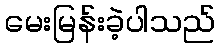
မေးမြန်းခဲ့ပါသည်